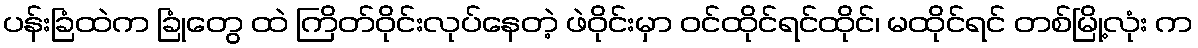
ပန်းခြံထဲက ခြုံတွေ ထဲ ကြိတ်ဝိုင်းလုပ်နေတဲ့ ဖဲဝိုင်းမှာ ဝင်ထိုင်ရင်ထိုင်၊ မထိုင်ရင် တစ်မြို့လုံး က